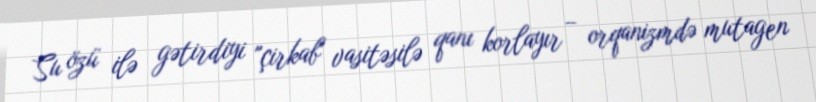
Su özü ilə gətirdiyi "çirkab" vasitəsilə qanı korlayır – orqanizmdə mutagen